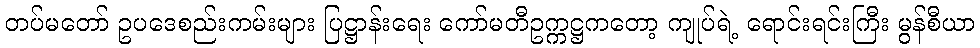
တပ်မတော် ဥပဒေစည်းကမ်းများ ပြဋ္ဌာန်းရေး ကော်မတီဥက္ကဋ္ဌကတော့ ကျုပ်ရဲ့ ရောင်းရင်းကြီး မွန်စီယာ